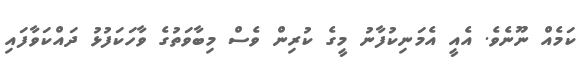
ކަމެއް ނޫނެވެ. އެއީ އެމަނިކުފާނު މީގެ ކުރިން ވެސް މިބާވަތުގެ ވާހަކަފުޅު ދައްކަވާފައި